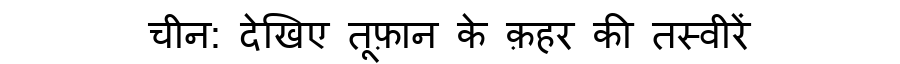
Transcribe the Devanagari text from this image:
चीन: देखिए तूफ़ान के क़हर की तस्वीरें